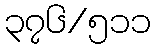
၃၇၆/၅၁၁